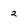
Character: 2